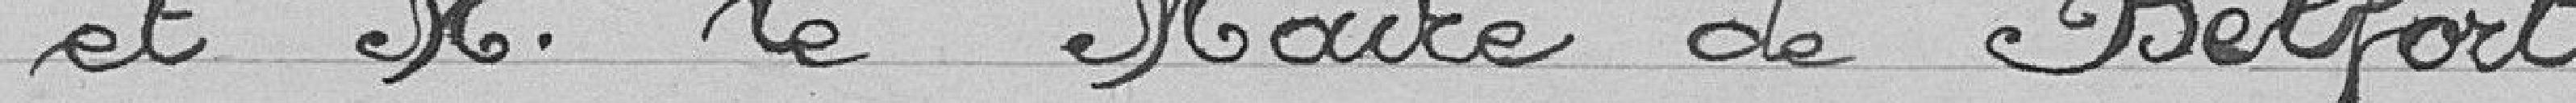
et Monsieur Le Maire de Belfort